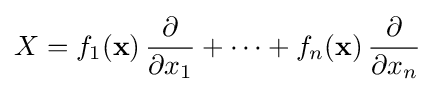
X=f_{1}({\mathbf {x} })\,{\frac {\partial }{\partial x_{1}}}+\cdots +f_{n}({\mathbf {x} })\,{\frac {\partial }{\partial x_{n}}}